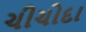
ચીચોદા